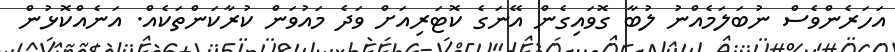
އަހަރެންވެސް ނުބަލަމެއްނު ލުބާ ގޮވައިގެން އޭނަގެ ކޮޓަރިއަށް ވަދެ މައުވަން ކުރާކަންތަކެއް. އަނެއްކޮޅުން